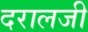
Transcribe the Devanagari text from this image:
दरालजी